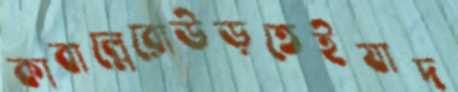
কাবাল্লেরোউড়তেইযাদ